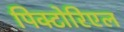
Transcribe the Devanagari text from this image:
पिक्टोरिएल